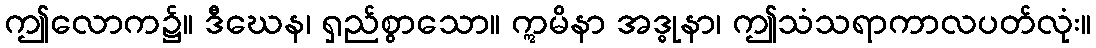
ဤလောက၌။ ဒီဃေန၊ ရှည်စွာသော။ ဣမိနာ အဒ္ဓုနာ၊ ဤသံသရာကာလပတ်လုံး။